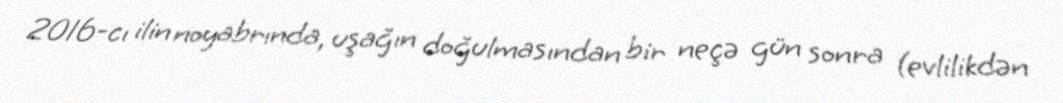
2016-cı ilin noyabrında, uşağın doğulmasından bir neçə gün sonra (evlilikdən